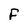
Character: F